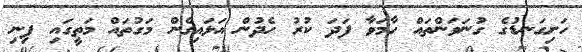
ހަށިގަނޑުގެ ގުނަވަންތައް ހާމަވާ ފަދަ ކުރު ހެދުން އަޅައިގެން މަގުތައް މަތީގައި ފިނި